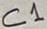
Text: C1